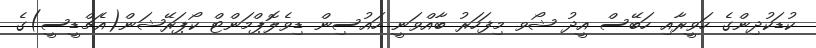
ކުޑަކުދިންގެ ހަވީރާއި ހަބޭސް އީދު ޝޯވ މިފަހަރު ބާއްވަނީ ހައުސިން ޑިވެލޮޕްމަންޓް ކޯޕަރޭޝަން(އެޗްޑީސީ)ގެ